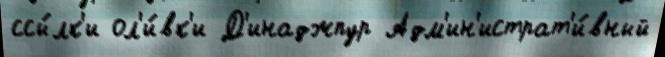
ссы́лк'и ол'и́вк'и Д'инаджпур Адм'ин'истрат'и́вный